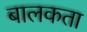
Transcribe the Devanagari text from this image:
बालकता